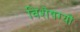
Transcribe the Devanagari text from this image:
विशेषग्यों